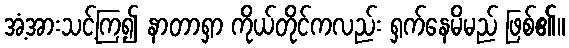
အံ့အားသင့်ကြ၍ နာတာရှာ ကိုယ်တိုင်ကလည်း ရှက်နေမိမည် ဖြစ်၏။